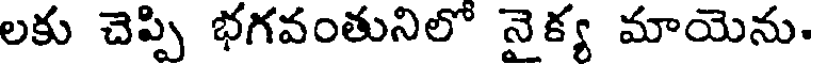
లకు చెప్పి భగవంతునిలో నైక్య మాయెను.